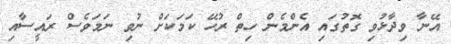
އޭނާ ވިދާޅުވި ގޮތުގައި އެންމެން ހިތް ރުހޭ ކަމަކަށް ނުވި ނަމަވެސް ރައީސާއި